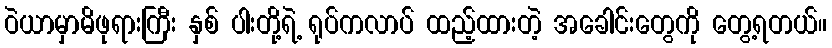
ဝဲယာမှာမိဖုရားကြီး နှစ် ပါးတို့ရဲ့ ရုပ်ကလာပ် ထည့်ထားတဲ့ အခေါင်းတွေကို တွေ့ရတယ်။